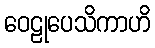
ဝေဠုပေသိကာဟိ